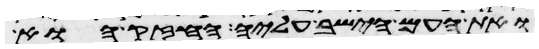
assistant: ואת העם הישב עליה החזק או